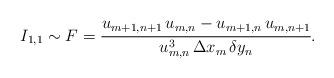
LaTeX: \begin{align*}I_{1,1} \sim F = \cfrac{u_{m+1,n+1}\,u_{m,n}-u_{m+1,n}\,u_{m,n+1}}{u_{m,n}^3\, \Delta x_m\, \delta y_n}.\end{align*}